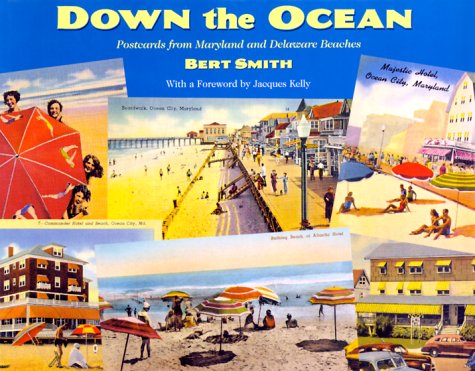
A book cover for Down the Ocean: Postcards from Maryland and Delaware Beaches; Professor Bert Smith; Travel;